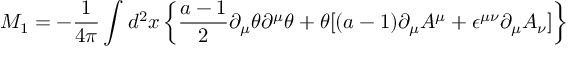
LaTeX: M _ { 1 } = - { \frac { 1 } { 4 \pi } } \int d ^ { 2 } x \left\{ { \frac { a - 1 } { 2 } } \partial _ { \mu } \theta \partial ^ { \mu } \theta + \theta [ ( a - 1 ) \partial _ { \mu } A ^ { \mu } + \epsilon ^ { \mu \nu } \partial _ { \mu } A _ { \nu } ] \right\}